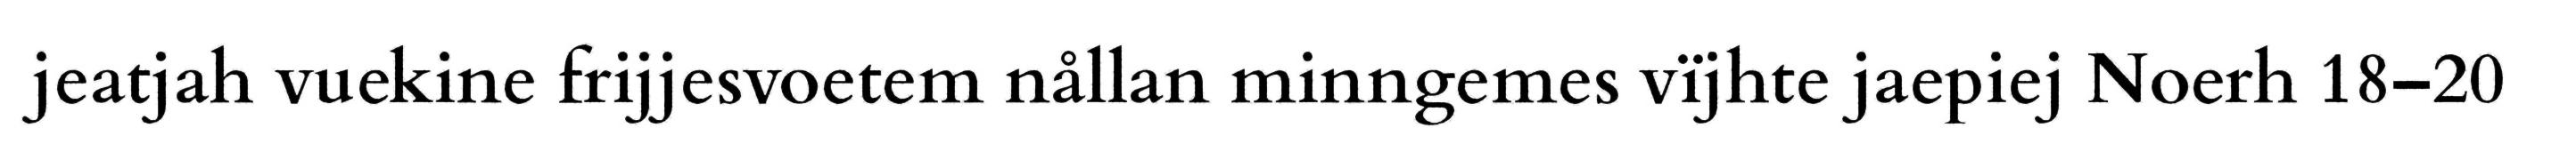
jeatjah vuekine frijjesvoetem nållan minngemes vïjhte jaepiej Noerh 18–20